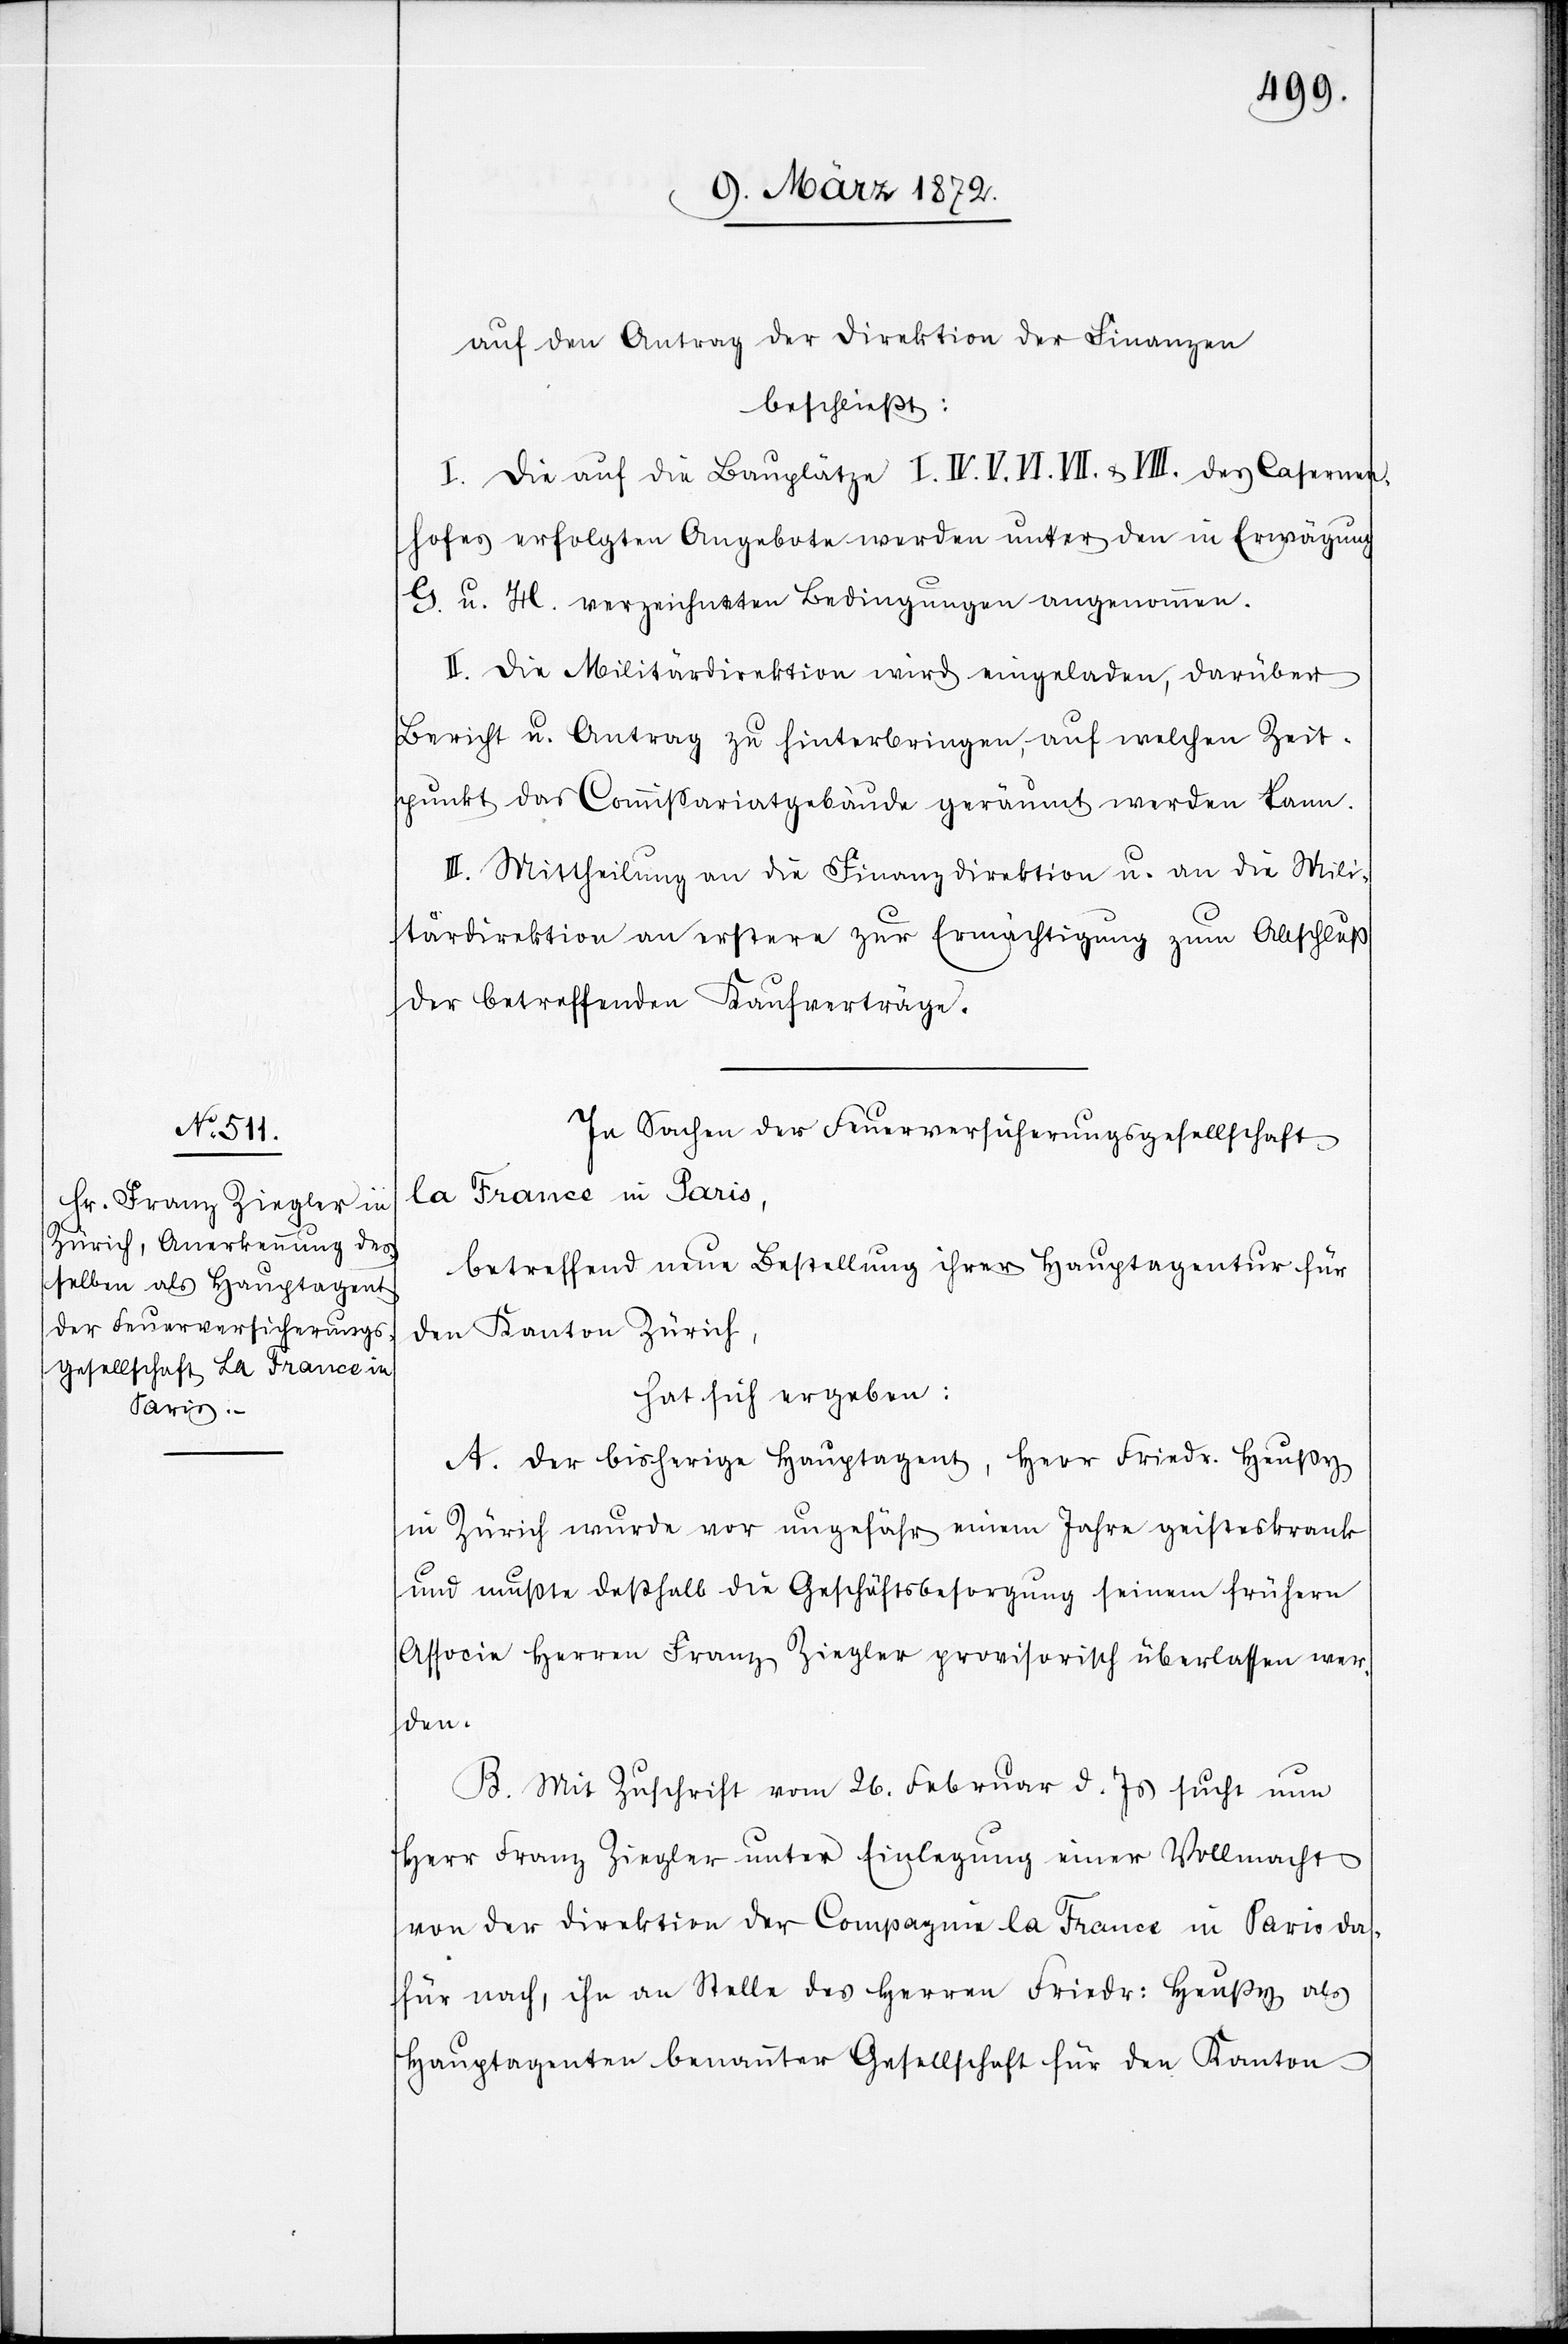
auf den Antrag der Direktion der Finanzen
beschließt:
I. Die auf die Bauplätze I. IV. V. VI. VII. u. VIII. des Casernen¬
hofes erfolgten Angebote werden unter den in Erwägung
G. u. H. verzeichneten Bedingungen angenommen.
II. Die Militärdirektion wird eingeladen, darüber
Bericht u. Antrag zu hinterbringen, auf welchen Zeit¬
punkt das Commissariatsgebäude geräumt werden kann.
III. Mittheilung an die Finanzdirektion u. an die Mili¬
tärdirektion an erstere zur Ermächtigung zum Abschluß
der betreffenden Kaufverträge.
In Sachen der Feuerversicherungsgesellschaft
la France in Paris,
betreffend neue Bestellung ihrer Hauptagentur für
den Kanton Zürich,
hat sich ergeben:
A. Der bisherige Hauptagent, Herr Friedr. Heußy
in Zürich wurde vor ungefähr einem Jahre geisteskrank
und mußte deßhalb die Geschäftsbesorgung seinem frühern
Associe Herren Franz Ziegler provisorisch überlassen wer¬
den.
B. Mit Zuschrift vom 26. Februar d. Js sucht nun
Herr Franz Ziegler unter Einlegung einer Vollmacht
von der Direktion der Compagnie la France in Paris da¬
für nach, ihn an Stelle des Herren Friedr: Heußy als
Hauptagenten benannter Gesellschaft für den Kanton